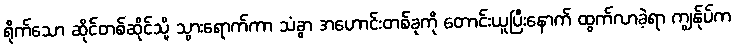
ရိုက်သော ဆိုင်တစ်ဆိုင်သို့ သွားရောက်ကာ သံခွာ အဟောင်းတစ်ခုကို တောင်းယူပြီးနောက် ထွက်လာခဲ့ရာ ကျွန်ုပ်က